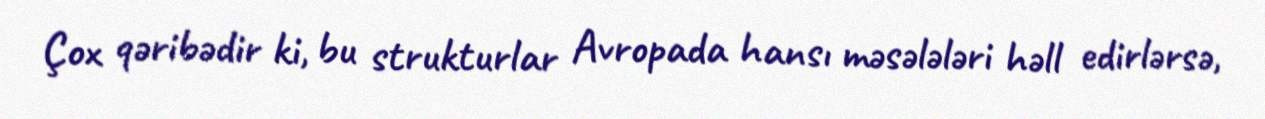
Çox qəribədir ki, bu strukturlar Avropada hansı məsələləri həll edirlərsə,